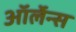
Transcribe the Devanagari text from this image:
ऑर्लेन्स